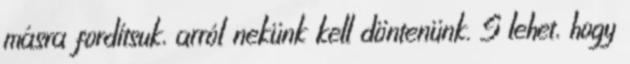
másra fordítsuk, arról nekünk kell döntenünk. S lehet, hogy